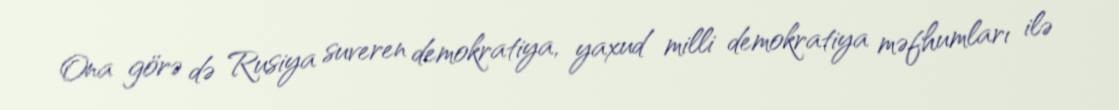
Ona görə də Rusiya suveren demokratiya, yaxud milli demokratiya məfhumları ilə